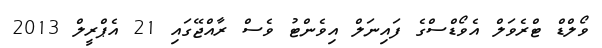
ވޯލްޑް ޓްރެވަލް އެވޯޑްސްގެ ފައިނަލް އިވެންޓު ވެސް ރާއްޖޭގައި 21 އެޕްރީލް 2013